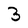
Character: 3